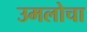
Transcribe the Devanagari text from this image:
उमलोचा